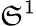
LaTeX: \mathfrak{S}^{1}